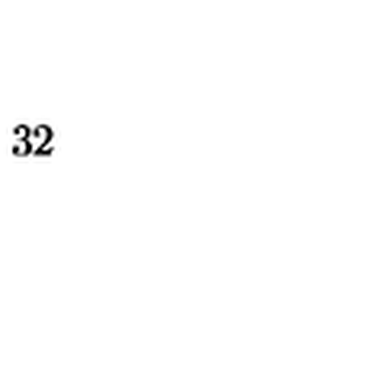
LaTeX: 3 2